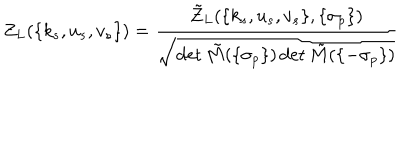
LaTeX: Z _ { L } ( \{ k _ { s } , u _ { s } , v _ { s } \} ) = \frac { \tilde { Z } _ { L } ( \{ k _ { s } , u _ { s } , v _ { s } \} , \{ \sigma _ { p } \} ) } { \sqrt { \det \tilde { M } ( \{ \sigma _ { p } \} ) \det \tilde { M } ( \{ - \sigma _ { p } \} ) } }